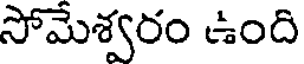
సోమేశ్వరం ఉంది